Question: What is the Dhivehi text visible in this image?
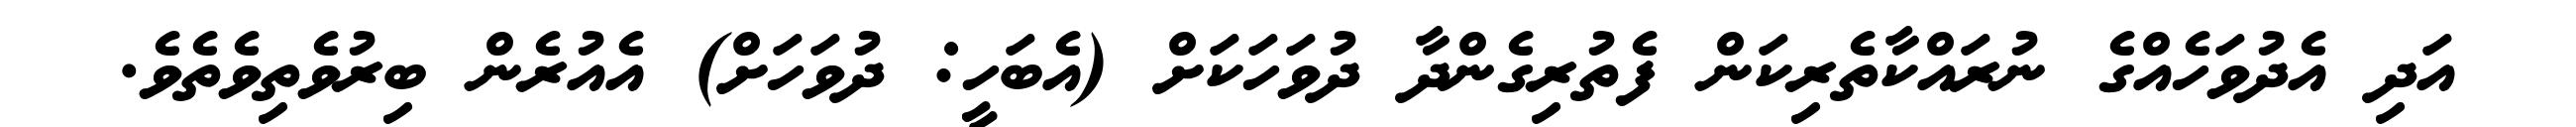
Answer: އަދި އެދުވަހެއްގެ ނުރައްކާތެރިކަން ފެތުރިގެންދާ ދުވަހަކަށް (އެބަހީ: ދުވަހަށް) އެއުރެން ބިރުވެތިވެތެވެ.